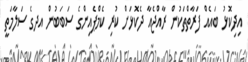
އިދިކޮޅު ބައެއް ފަރާތްތަކުން ރާއްޖެއާ ދެކޮޅަށް ކުރި ކެމްޕެއިންގެ ސަބަބުން އދގެ ސަލާމަތީ